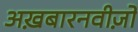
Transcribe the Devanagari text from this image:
अख़बारनवीज़ों